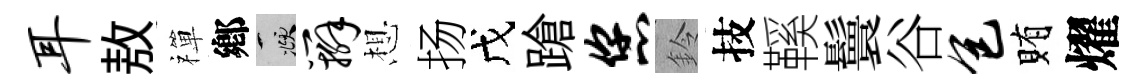
耳敖禪鄕頫辫想扬戊蹌您鈴技鞵鬟谷包賄燿